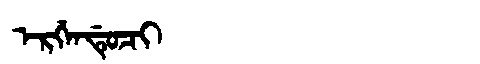
Manchu: ᡝᡵᡤᡝᠨᡩᡠᠴᡳ
Romanization: ERGENDUCI